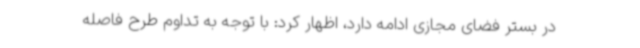
در بستر فضای مجازی ادامه دارد، اظهار کرد: با توجه به تداوم طرح فاصله